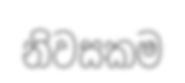
නිවසකම